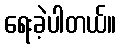
ရေးခဲ့ပါတယ်။